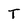
Character: T